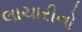
લાચારીનો